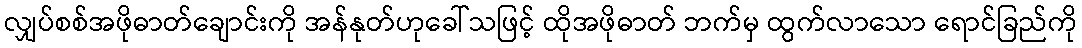
လျှပ်စစ်အဖိုဓာတ်ချောင်းကို အန်နုတ်ဟုခေါ်သဖြင့် ထိုအဖိုဓာတ် ဘက်မှ ထွက်လာသော ရောင်ခြည်ကို